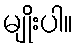
မျိုးပါ။